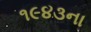
૧૯૪૩ના